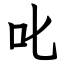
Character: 叱